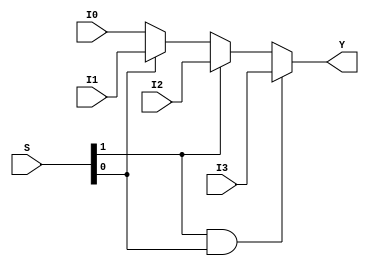
// MULTIPLEXER 4x1 8 Bits
module mux_4x1_8bits(output reg[7:0] Y, input[1:0] S, input[7:0] I3, I2, I1, I0);
	always @ (S, I3, I2, I1, I0)
		if(S[1] && S[0]) Y = I3;
		else if(S[1]) Y = I2;
		else if(S[0]) Y = I1;
		else Y = I0;
endmodule